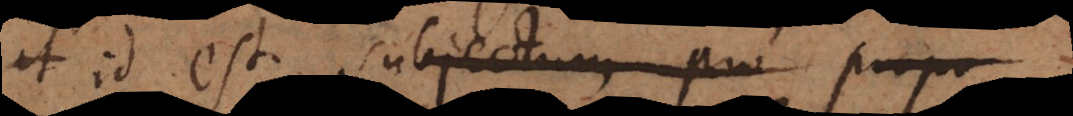
id est subjectum pro y propo